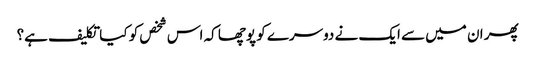
پھر ان میں سے ایک نے دوسرے کو پوچھا کہ اس شخص کو کیا تکلیف ہے؟